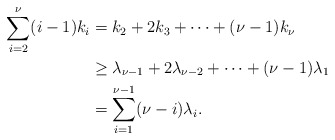
\begin{align*} \sum_{i=2}^{\nu} (i-1)k_i &= k_2 + 2k_3 + \cdots + (\nu-1)k_\nu \\ &\geq \lambda_{\nu-1} + 2\lambda_{\nu-2} + \cdots + (\nu - 1)\lambda_1 \\ &= \sum_{i=1}^{\nu-1} (\nu-i)\lambda_i.\end{align*}